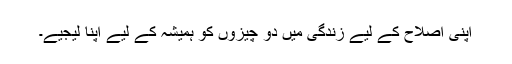
اپنی اصلاح کے لیے زندگی میں دو چیزوں کو ہمیشہ کے لیے اپنا لیجیے۔